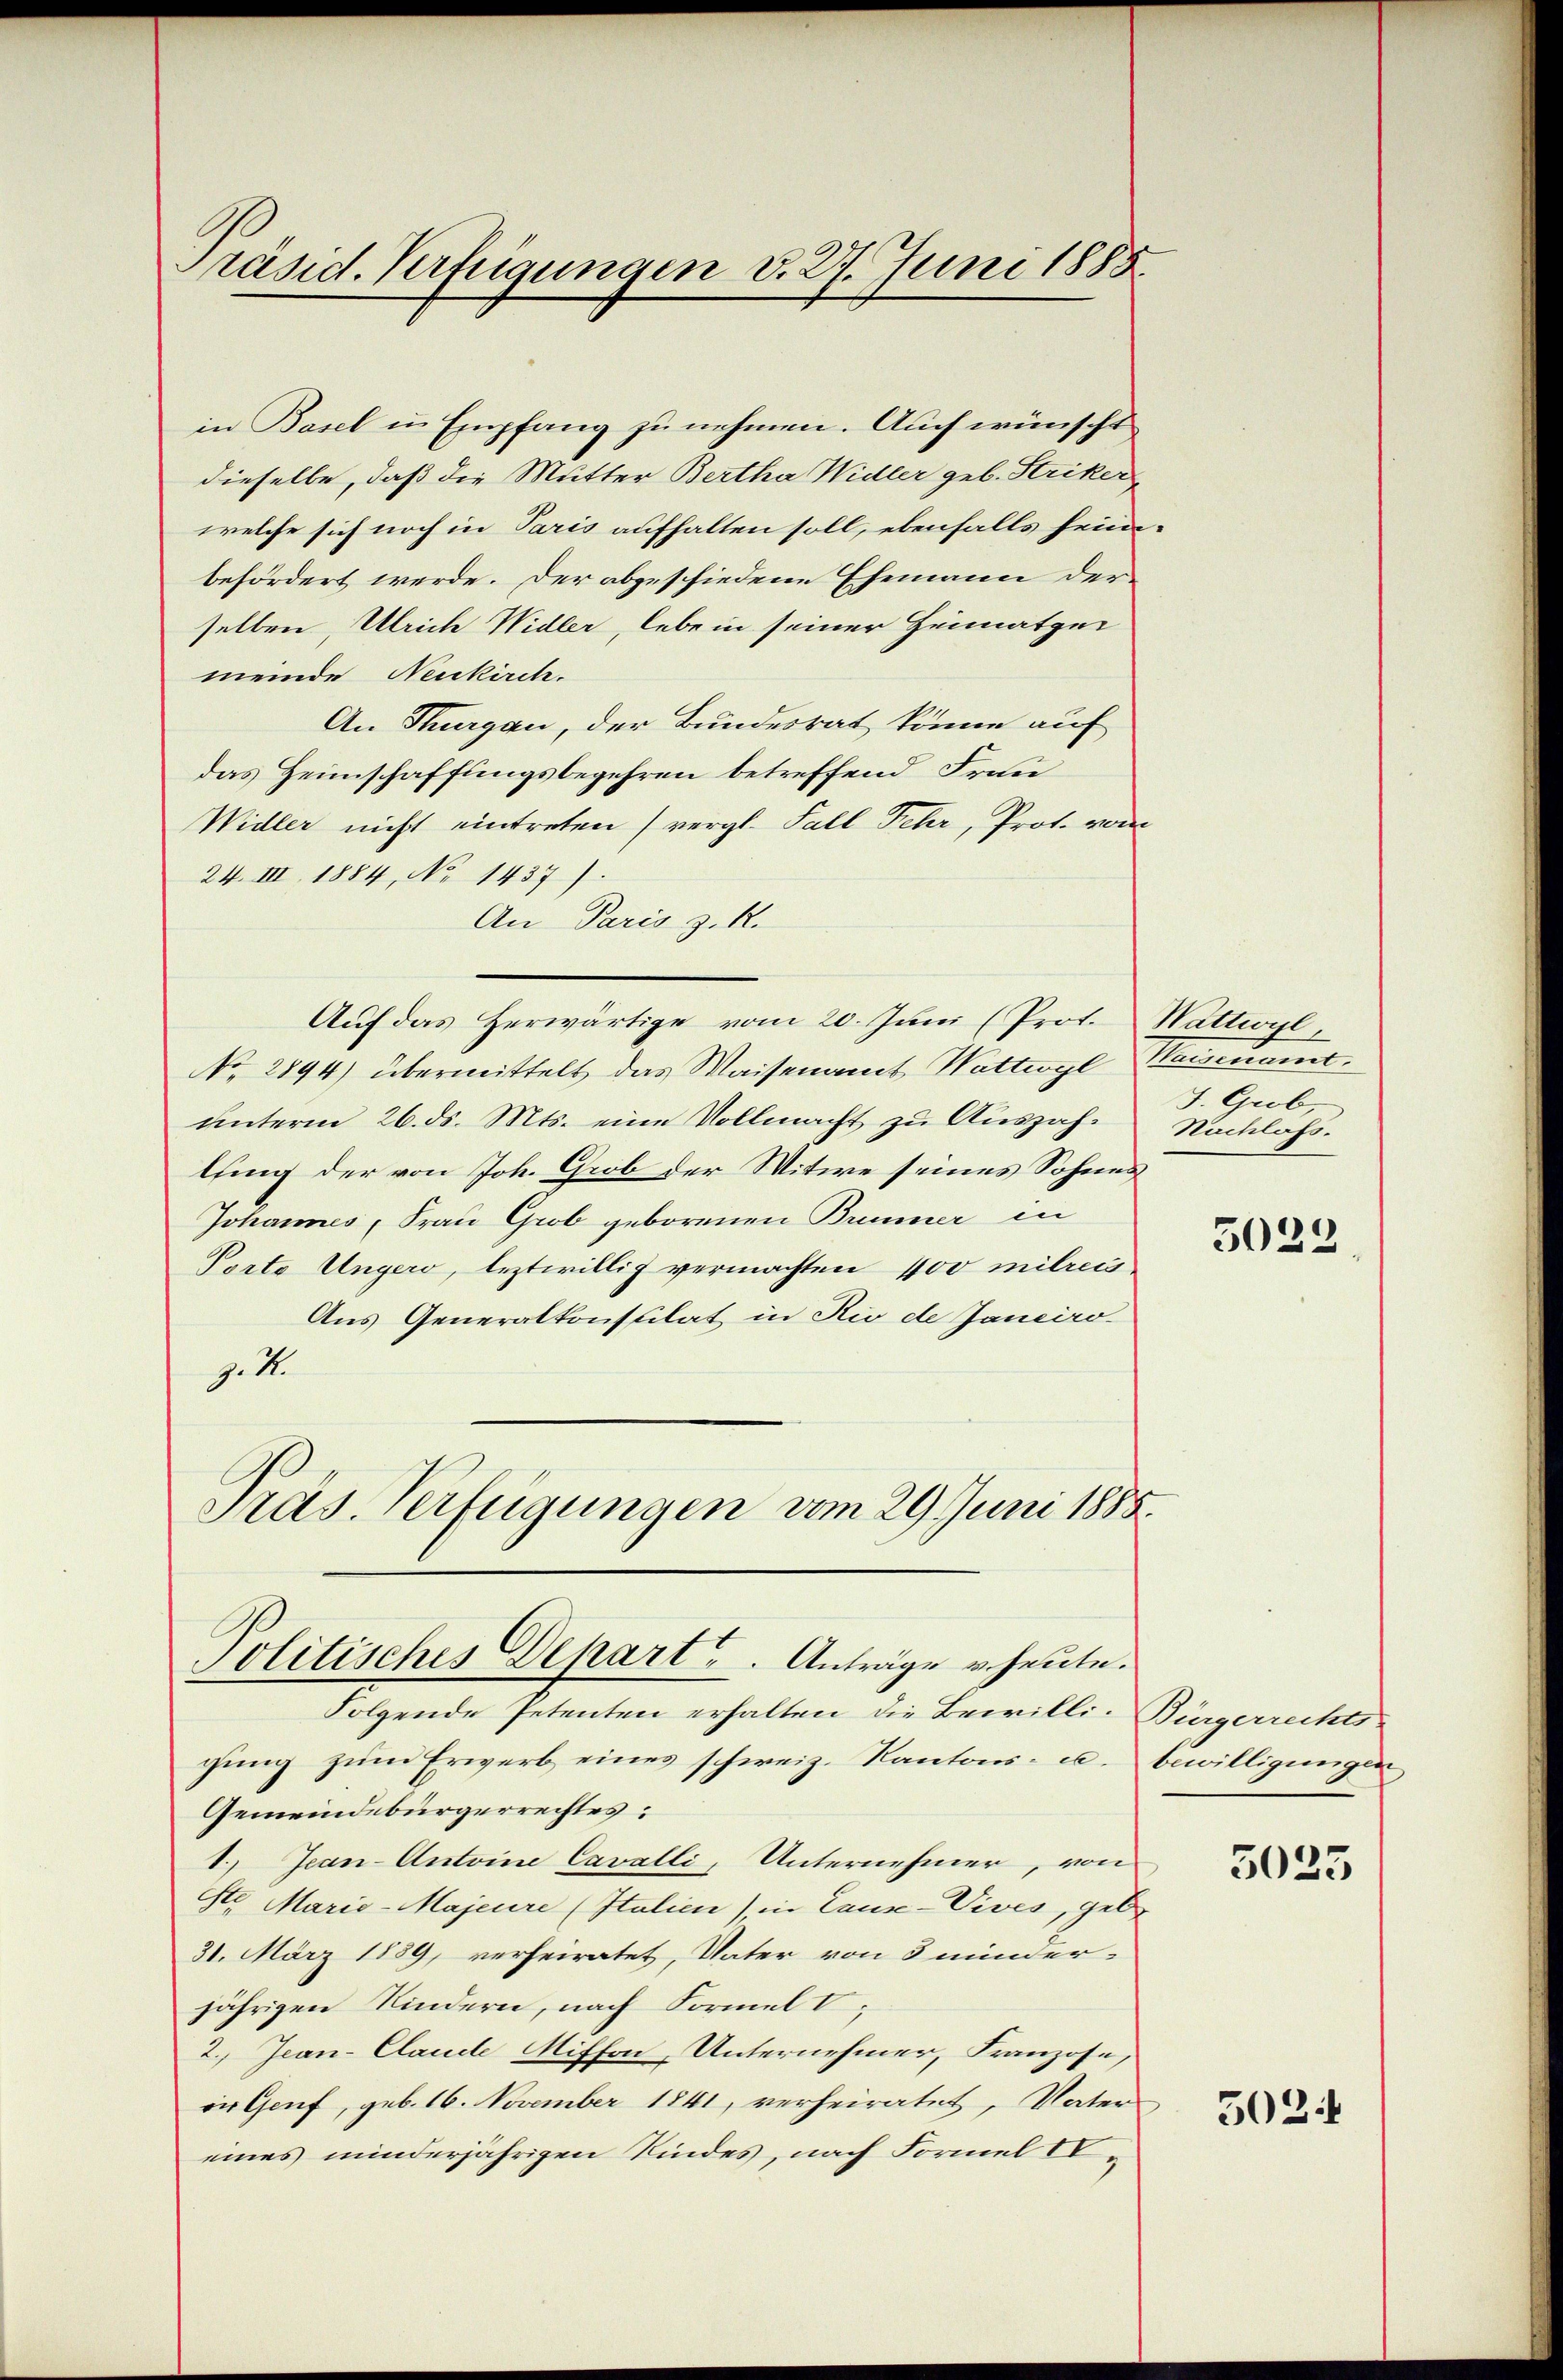
Präsid. Verfügungen v. 27. Juni 1885.

in Basel in Empfang zu nehmen. Auch wünscht
dieselbe, daß die Mutter Bertha Widler geb. Striker,
welche sich noch in Paris aufhalten soll, ebenfalls heim-
befördert werde. Der abgeschiedene Ehemann der
selben, Ulrich Widler, leben seiner Heimatgei
meinde Neukirch.
An Thurgau, der Bundesrat könne auf
das Heimschaffungsbegehren betreffend Frau
Widler nicht eintreten (vergl. Fall Fehr, Prot. vom
24. III, 1884, No 1437).
An Paris z. R.
Auf das Herwärtige vom 20. Juni (Prof.
No. 2894) übermittelt das Waisenamt Wattwyl Kaisenamt.
unterm 26. ds. Mts. eine Vollmacht zu Auszahlfing der von Joh. Grob der Witwe seines Sohnes
Johannes, Frau Grob geborenen Brenner in
Porto Ungero, leztwillig vermachten 400 mitreis
Aus Generalkonsulat in Rio de Janeiro
9.1.
Präs. Verfügungen vom 29. Juni 1888.

Politisches Depart. Anträge u. heute.

Wattwyl,
J. Grob,
Nachlass.

Folgende Petenten erhalten die Bewilli-Bürgerrechtsgung zum Erwerb eines schweiz. Kantons- u. bewilligungen
Gemeindebürgerrechtes:
1.) Jean-Antoine Cavalli, Unternehmer, von
St Marie-Majeure (Italien), in Caus-Vives, geb.
31. März 1889, verheiratet, Vater von 3 minder-
jährigen Kindern, nach Formel V
2. Jean-Claude Miffon Unternehmer, Franzose,
eir Genf, geb. 16. November 1841, verheiratet, Vaters
eines minderjährigen Kindes, nach Formel O¬

5022.

3025

502.